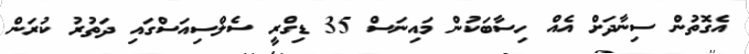
އެގޮތުން ސިނާދަށް އެއް ހިސާބަކުން މައިނަސް 35 ޑިގްރީ ސެލްސިއަސްގައި ދަތުރު ކުރަން